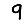
Digit: 9